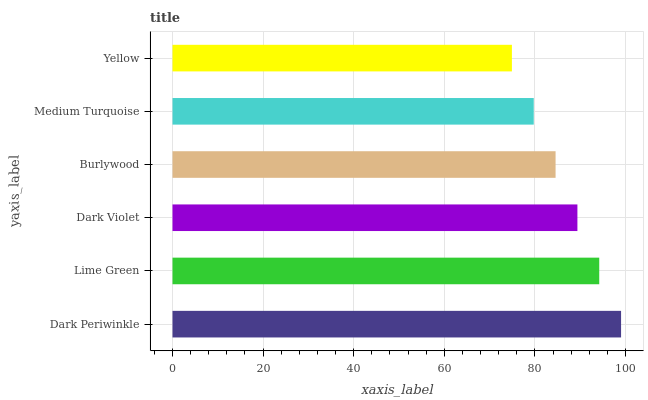
| yaxis_label | bars |
 | --- | --- |
 | Dark Periwinkle | 99 |
 | Lime Green | 94.2 |
 | Dark Violet | 89.4 |
 | Burlywood | 84.5 |
 | Medium Turquoise | 79.7 |
 | Yellow | 74.9 |